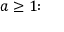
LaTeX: a \geq 1 { : }